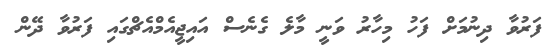
ފަރުވާ ދިނުމަށް ފަހު މިހާރު ވަނީ މާލެ ގެނެސް އައިޖީއެމްއެޗްގައި ފަރުވާ ދޭން